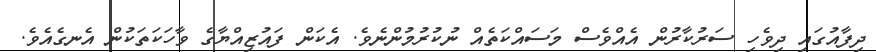
ދިފާއުގައި ދިވެހި ސަރުކާރުން އެއްވެސް މަސައްކަތެއް ނުކުރުމުންނެވެ. އެކަން ފައުޒިއްޔާގެ ވާހަކަތަކުން އެނގެއެވެ.